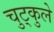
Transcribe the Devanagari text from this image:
चुट्कुले